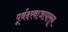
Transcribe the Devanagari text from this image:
पूर्वदरवाजापासून